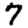
Digit: 7